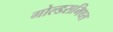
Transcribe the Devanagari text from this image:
गोल्डसमिथ्स